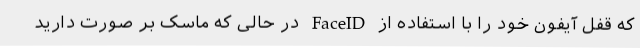
که قفل آیفون خود را با استفاده از FaceID در حالی که ماسک بر صورت دارید